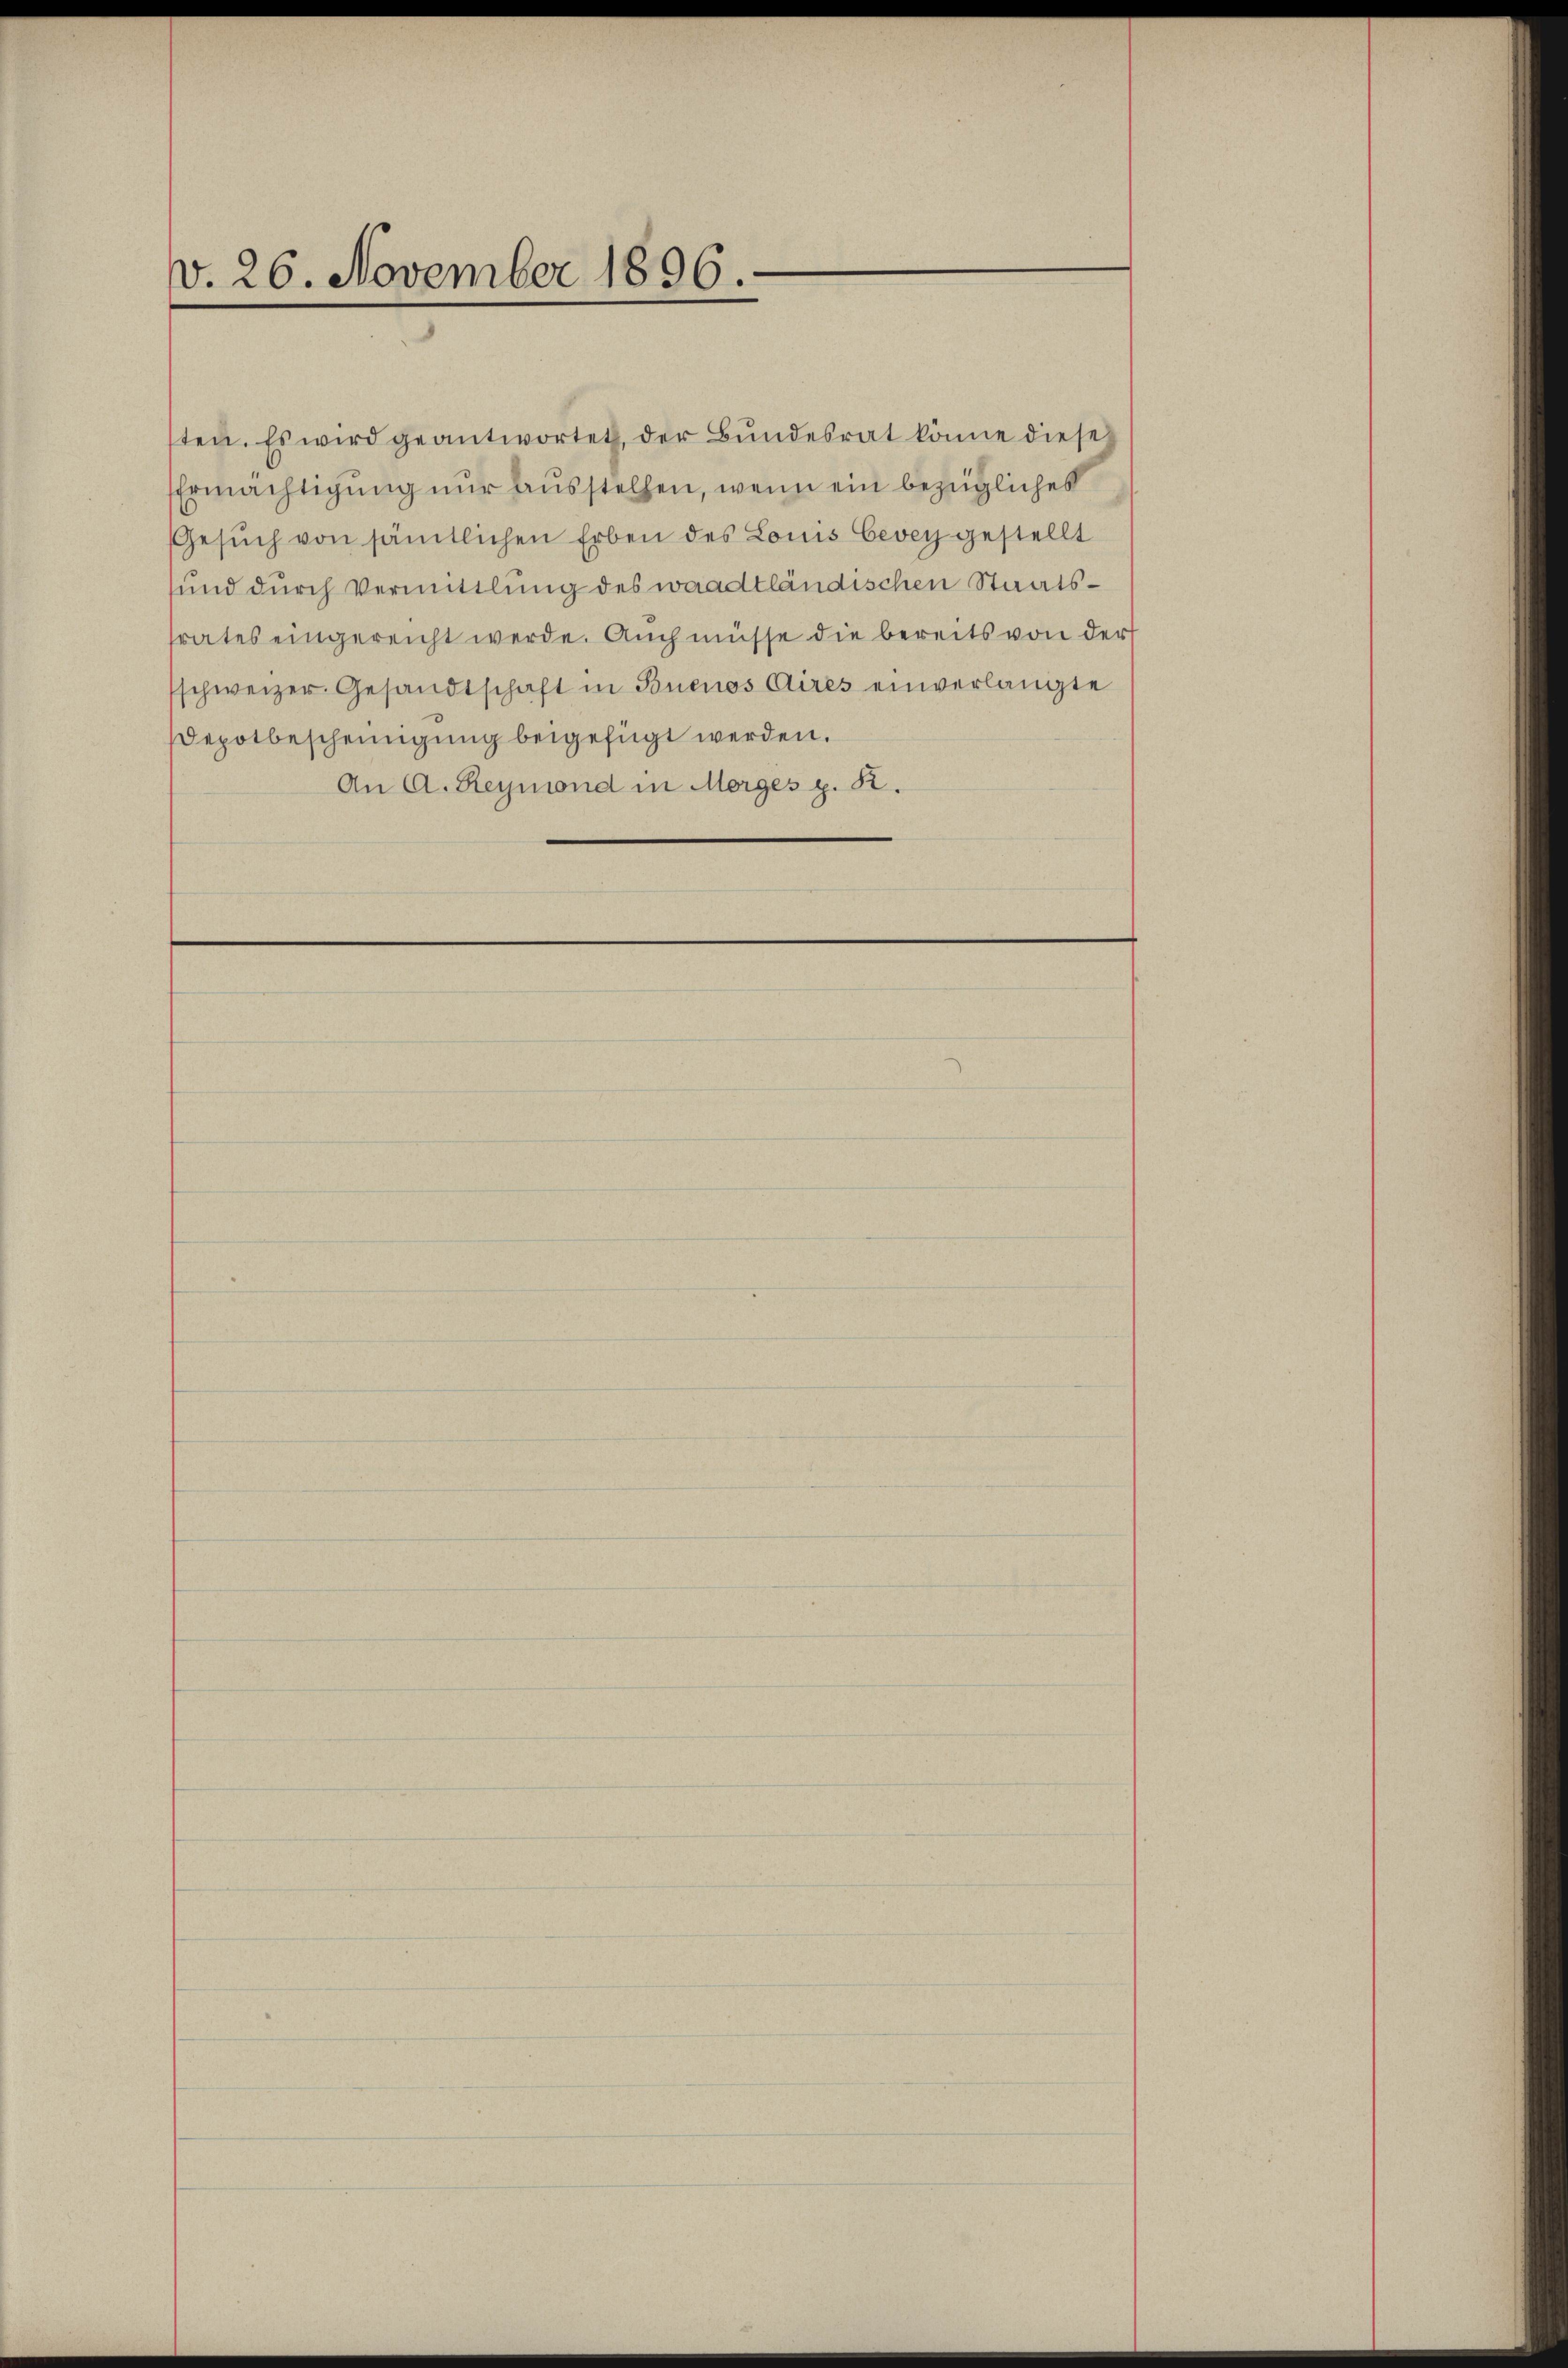
v. 26. November 1896.

ten. Es wird geantwortet, der Bundesrat könne diese
Ermächtigung nur ausstellen, wenn ein bezügliches
Gesŭch von sämtlichen Erben des Louis Cevey gestellt
und durch Vermittlung des waadtländischen Staatsrates eingereicht werde. Auch müsse die bereits von der
schweizer. Gesandtschaft in Buenos Aires einverlangte
Depotbescheinigung beigefügt werden.
An A. Reymond in Morges z. R.